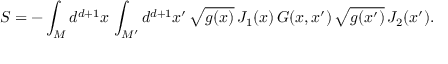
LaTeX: S = - \int _ { M } d ^ { d + 1 } x \, \int _ { M ^ { \prime } } d ^ { d + 1 } x ^ { \prime } \, \sqrt { g ( x ) } \, J _ { 1 } ( x ) \, G ( x , x ^ { \prime } ) \, \sqrt { g ( x ^ { \prime } ) } \, J _ { 2 } ( x ^ { \prime } ) .